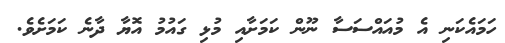
ހަމައެކަނި އެ މުއައްސަސާ ނޫން ކަމަށާއި މުޅި ގައުމު އޮޔާ ދާނެ ކަމަށެވެ.